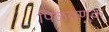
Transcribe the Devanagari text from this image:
पिळवणुक